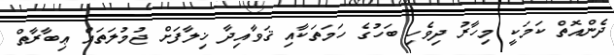
ދެންއޮތް ކަމަކީ މިހާރު ދިވެހި ބަހުގެ ހަމަތަކާއި ޤަވާއިދާ ޚިލާފަށް ޖުމުލަތައް ޢިބާރާތް